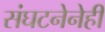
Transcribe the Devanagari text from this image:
संघटनेनेही